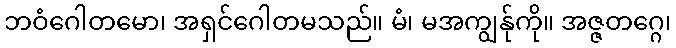
ဘဝံဂေါတမော၊ အရှင်ဂေါတမသည်။ မံ၊ မအကျွန်ုကို။ အဇ္ဇတဂ္ဂေ၊